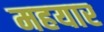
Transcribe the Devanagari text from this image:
महयार